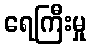
ရေကြီးမှု